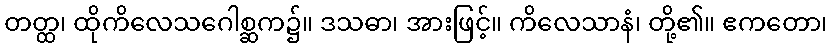
တတ္ထ၊ ထိုကိလေသဂေါစ္ဆက၌။ ဒသဓာ၊ အားဖြင့်။ ကိလေသာနံ၊ တို့၏။ ဧကတော၊